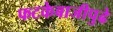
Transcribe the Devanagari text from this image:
फटकेबाजीपुढे